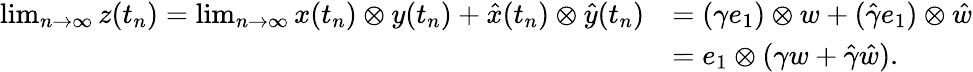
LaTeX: \begin{array}{rl}{\operatorname*{lim}_{n\to\infty}z(t_{n})=\operatorname*{lim}_{n\to\infty}x(t_{n})\otimes y(t_{n})+\hat{x}(t_{n})\otimes\hat{y}(t_{n})}&{=(\gamma e_{1})\otimes w+(\hat{\gamma}e_{1})\otimes\hat{w}}\\ &{=e_{1}\otimes(\gamma w+\hat{\gamma}\hat{w}).}\end{array}